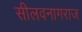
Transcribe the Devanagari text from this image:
सीलवनागराज